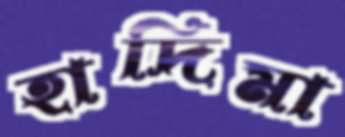
হাদিমা